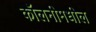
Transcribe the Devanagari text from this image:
कॉलनीमधील